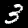
Digit: 3